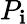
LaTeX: P_{\mathbf{i}}